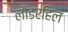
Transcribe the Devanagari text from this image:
लौडरहिल